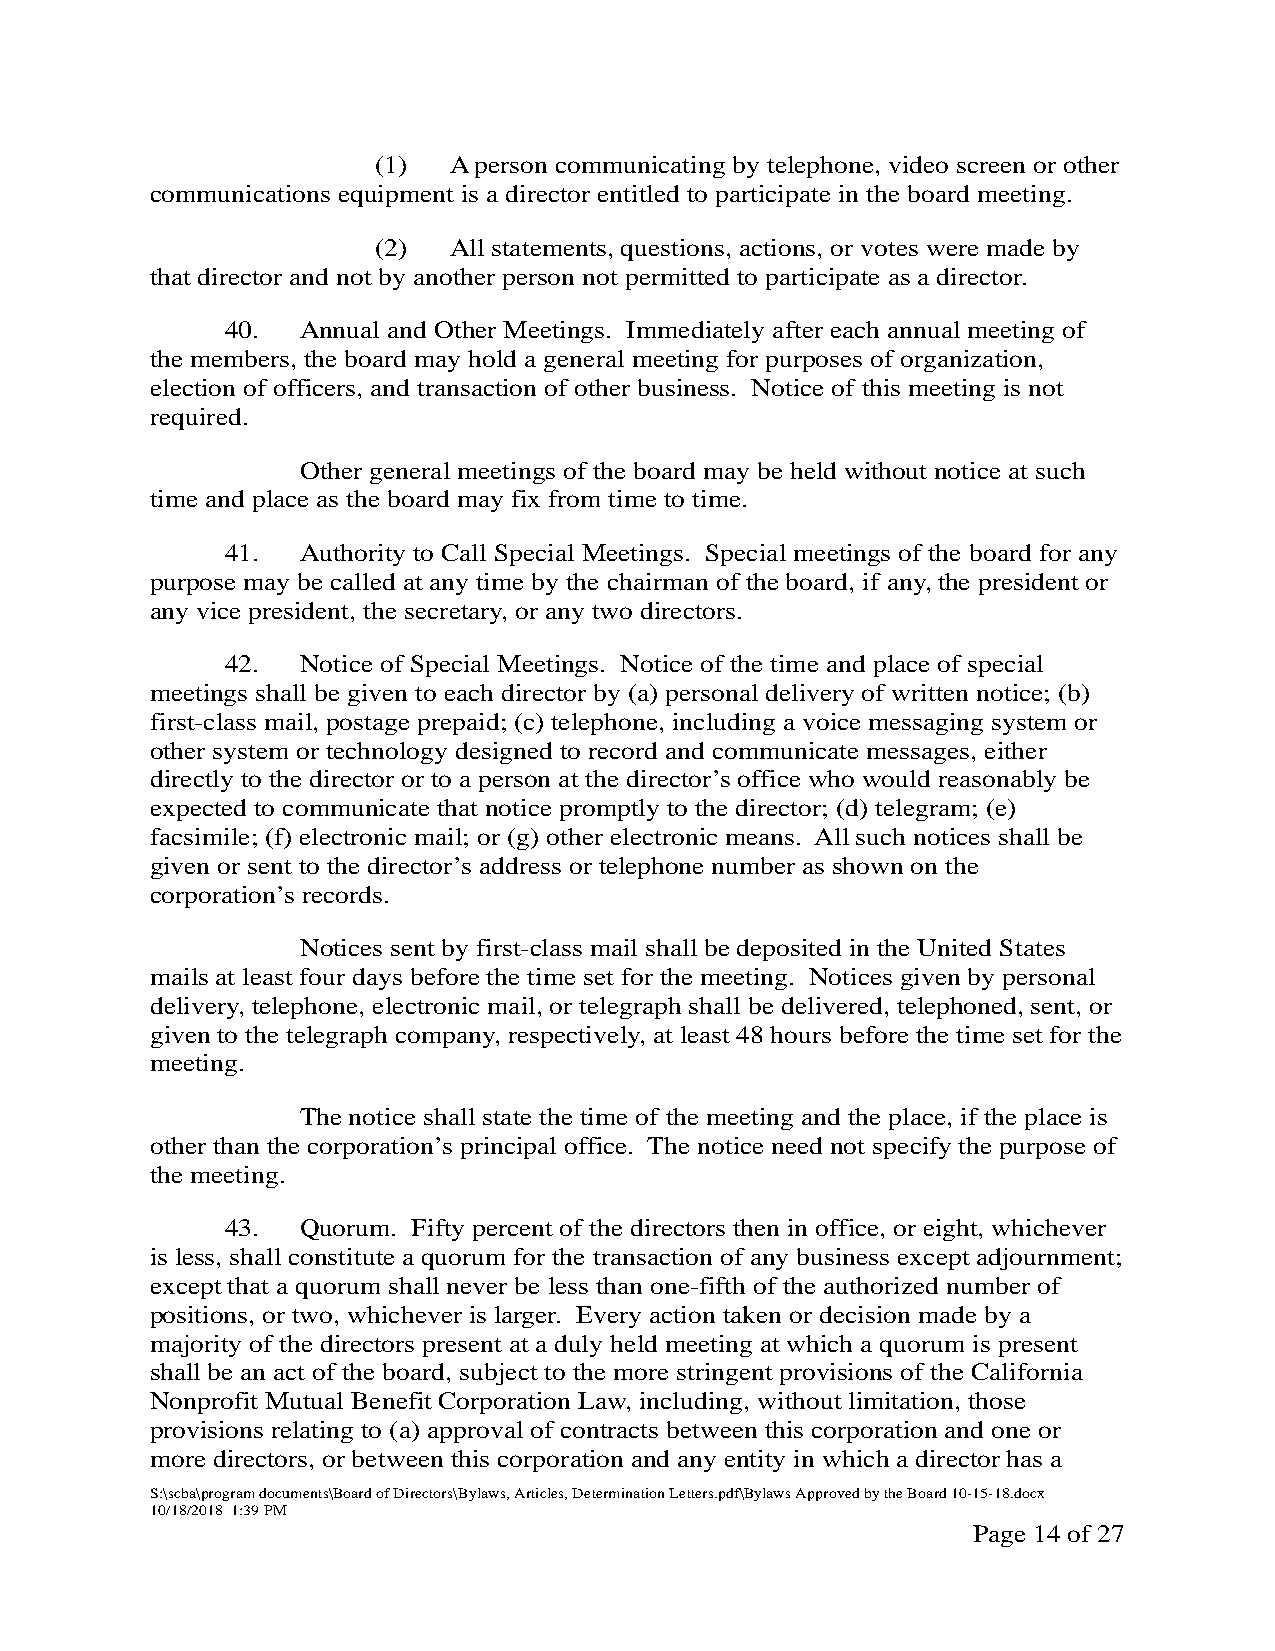
(1)  A person communicating by telephone, video screen or other
 communications equipment is a director entitled to participate in the board meeting.
 (2)  All statements, questions, actions, or votes were made by
 that director and not by another person not permitted to participate as a director.
 40.  Annual and Other Meetings. Immediately after each annual meeting of
 the members, the board may hold a general meeting for purposes of organization,
 election of officers, and transaction of other business. Notice of this meeting is not
 required.
 Other general meetings of the board may be held without notice at such
 time and place as the board may fix from time to time.
 41.  Authority to Call Special Meetings. Special meetings of the board for any
 purpose may be called at any time by the chairman of the board, if any, the president or
 any vice president, the secretary, or any two directors.
 42.  Notice of Special Meetings. Notice of the time and place of special
 meetings shall be given to each director by (a) personal delivery of written notice; (b)
 first-class mail, postage prepaid; (c) telephone, including a voice messaging system or
 other system or technology designed to record and communicate messages, either
 directly to the director or to a person at the director’s office who would reasonably be
 expected to communicate that notice promptly to the director; (d) telegram; (e)
 facsimile; (f) electronic mail; or (g) other electronic means. All such notices shall be
 given or sent to the director’s address or telephone number as shown on the
 corporation’s records.
 Notices sent by first-class mail shall be deposited in the United States
 mails at least four days before the time set for the meeting. Notices given by personal
 delivery, telephone, electronic mail, or telegraph shall be delivered, telephoned, sent, or
 given to the telegraph company, respectively, at least 48 hours before the time set for the
 meeting.
 The notice shall state the time of the meeting and the place, if the place is
 other than the corporation’s principal office. The notice need not specify the purpose of
 the meeting.
 43.  Quorum. Fifty percent of the directors then in office, or eight, whichever
 is less, shall constitute a quorum for the transaction of any business except adjournment;
 except that a quorum shall never be less than one-fifth of the authorized number of
 positions, or two, whichever is larger. Every action taken or decision made by a
 majority of the directors present at a duly held meeting at which a quorum is present
 shall be an act of the board, subject to the more stringent provisions of the California
 Nonprofit Mutual Benefit Corporation Law, including, without limitation, those
 provisions relating to (a) approval of contracts between this corporation and one or
 more directors, or between this corporation and any entity in which a director has a
 S:\scba\program documents\Board of Directors\Bylaws, Articles, Determination Letters.pdf\Bylaws Approved by the Board 10-15-18.docx
 10/18/2018 1:39 PM
 Page 14 of 27